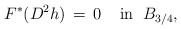
\begin{align*}F^*(D^2h)\,=\,0\;\;\;\;\mbox{in}\;\;B_{3/4},\end{align*}